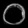
Digit: ၀